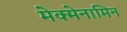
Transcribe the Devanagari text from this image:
मेक्मेनामिन